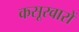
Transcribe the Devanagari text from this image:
कसूरवारों